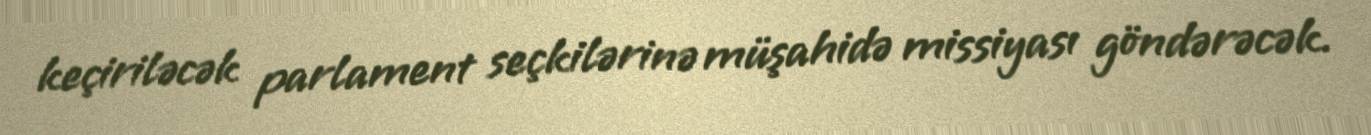
keçiriləcək parlament seçkilərinə müşahidə missiyası göndərəcək.